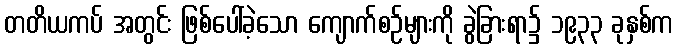
တတိယကပ် အတွင်း ဖြစ်ပေါ်ခဲ့သော ကျောက်စဉ်များကို ခွဲခြားရာ၌ ၁၉၃၃ ခုနှစ်က